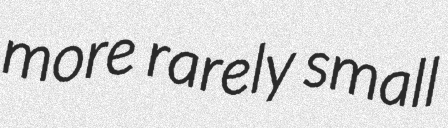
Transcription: more rarely small